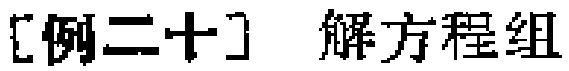
[例二十] 解方程组